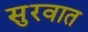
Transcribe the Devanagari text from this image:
सुुरवात